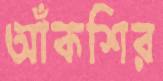
আঁকশির